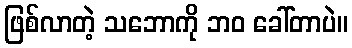
ဖြစ်လာတဲ့ သဘောကို ဘဝ ခေါ်တာပဲ။